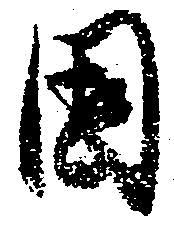
固